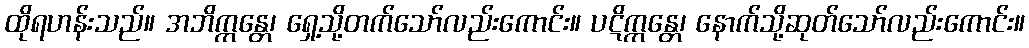
ထိုရဟန်းသည်။ အဘိက္ကန္တေ၊ ရှေ့သို့တက်သော်လည်းကောင်း။ ပဋိက္ကန္တေ၊ နောက်သို့ဆုတ်သော်လည်းကောင်း။